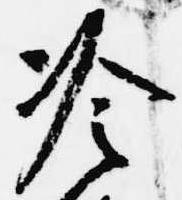
冷